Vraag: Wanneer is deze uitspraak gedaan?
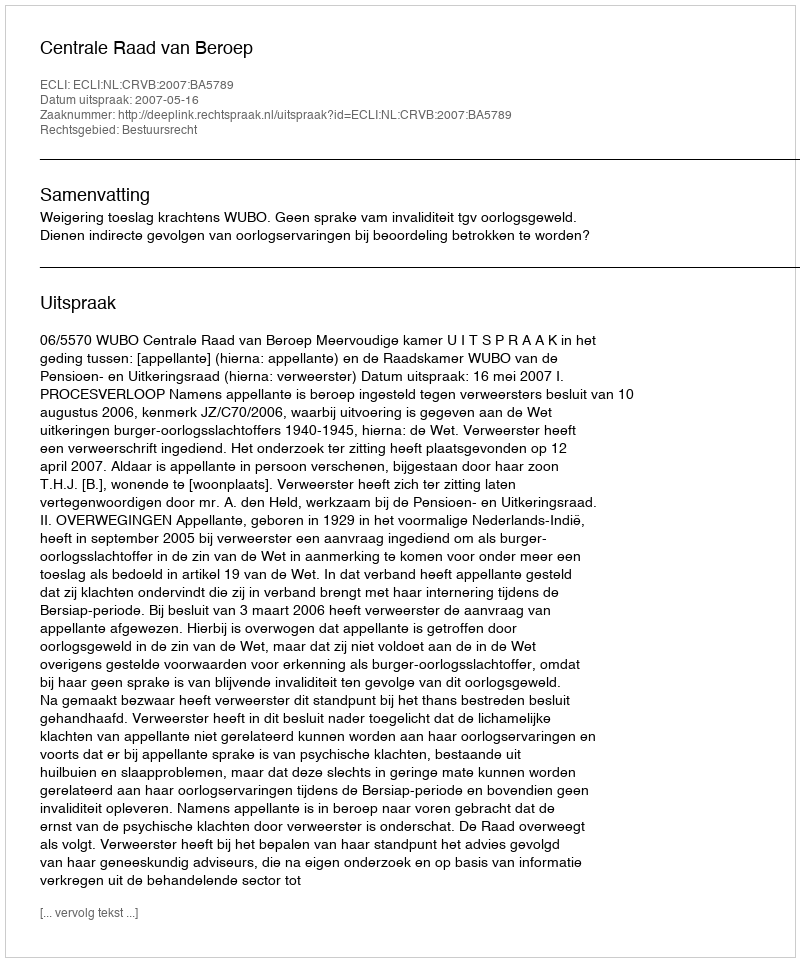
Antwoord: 2007-05-16